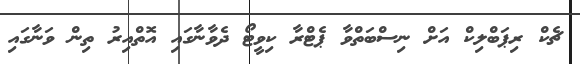
ޗެކް ރިޕަބްލިކް އަށް ނިސްބަތްވާ ޕެޓްރާ ކިވީޓޯ ދެވާނާގައި އޮތްއިރު ތިން ވަނާގައި